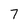
Character: 7